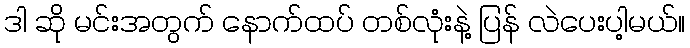
ဒါ ဆို မင်းအတွက် နောက်ထပ် တစ်လုံးနဲ့ ပြန် လဲပေးပါ့မယ်။